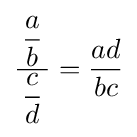
{\frac {\,{\dfrac {a}{b}}\,}{\dfrac {c}{d}}}={\frac {ad}{bc}}